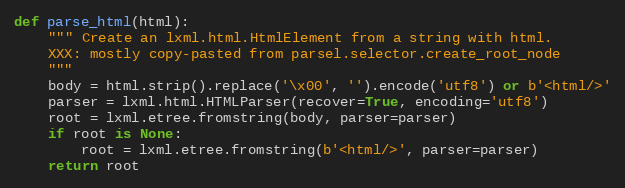
Language: Python
def parse_html(html):
    """ Create an lxml.html.HtmlElement from a string with html.
    XXX: mostly copy-pasted from parsel.selector.create_root_node
    """
    body = html.strip().replace('\x00', '').encode('utf8') or b'<html/>'
    parser = lxml.html.HTMLParser(recover=True, encoding='utf8')
    root = lxml.etree.fromstring(body, parser=parser)
    if root is None:
        root = lxml.etree.fromstring(b'<html/>', parser=parser)
    return root